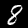
Digit: 8